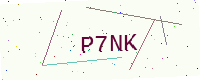
Text: P7NK